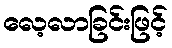
လေ့လာခြင်းဖြင့်